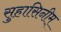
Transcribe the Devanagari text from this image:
सुहासिनीम्